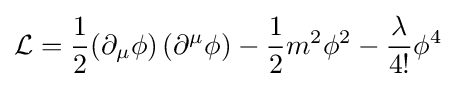
{\mathcal {L}}={\frac {1}{2}}(\partial _{\mu }\phi )\left(\partial ^{\mu }\phi \right)-{\frac {1}{2}}m^{2}\phi ^{2}-{\frac {\lambda }{4!}}\phi ^{4}